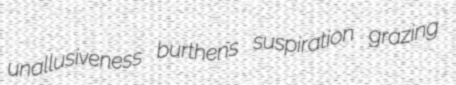
unallusiveness burthens suspiration grazing